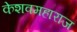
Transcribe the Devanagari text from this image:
केशवमहाराज